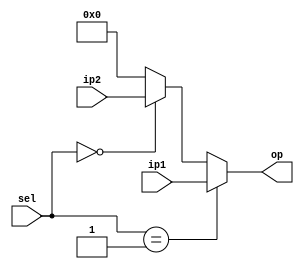
`timescale 1ns / 1ps

module input_mux #(parameter N = 16)(
    input [N-1:0] ip1,
    input [N-1:0] ip2,
    input [1:0] sel,
    output [N-1:0] op
    );
    assign op = (sel == 2'b01) ? ip1 : ((sel == 2'b00) ? ip2: 0);
endmodule